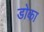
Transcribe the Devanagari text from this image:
डोका